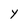
Character: Y